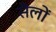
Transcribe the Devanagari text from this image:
सैलों